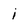
Character: i